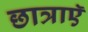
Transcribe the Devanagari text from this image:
छात्राएॅ